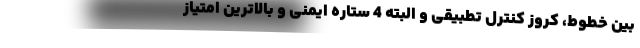
بین خطوط، کروز کنترل تطبیقی و البته 4 ستاره ایمنی و بالاترین امتیاز